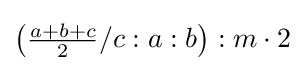
\left({\tfrac {a+b+c}{2}}/c:a:b\right):m\cdot 2